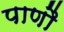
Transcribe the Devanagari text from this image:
पाणौ